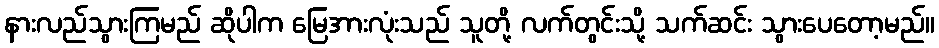
နားလည်သွားကြမည် ဆိုပါက မြေအားလုံးသည် သူတို့ လက်တွင်းသို့ သက်ဆင်း သွားပေတော့မည်။